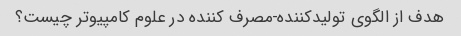
هدف از الگوی تولیدکننده-مصرف کننده در علوم کامپیوتر چیست؟